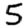
Digit: 5